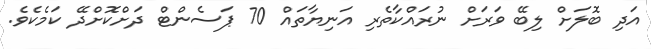
އަދި ބޮލަށް ލިބޭ ވަރަށް ނުރައްކާތެރި އަނިޔާތައް 70 ޕަސެންޓް ދަށްކޮށްދޭ ކަމެކެވެ.